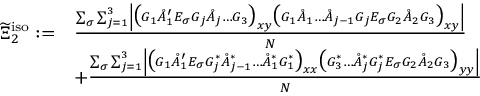
\begin{array} { r l } { \widetilde { \Xi } _ { 2 } ^ { \mathrm { i s o } } : = } & { \frac { \sum _ { \sigma } \sum _ { j = 1 } ^ { 3 } \left\vert \big ( G _ { 1 } \mathring { A } _ { 1 } ^ { \prime } E _ { \sigma } G _ { j } \mathring { A } _ { j } \ldots G _ { 3 } \big ) _ { \boldsymbol { x } \boldsymbol { y } } \big ( G _ { 1 } \mathring { A } _ { 1 } \ldots \mathring { A } _ { j - 1 } G _ { j } E _ { \sigma } G _ { 2 } \mathring { A } _ { 2 } G _ { 3 } \big ) _ { \boldsymbol { x } \boldsymbol { y } } \right\vert } { N } } \\ & { + \frac { \sum _ { \sigma } \sum _ { j = 1 } ^ { 3 } \left\vert \big ( G _ { 1 } \mathring { A } _ { 1 } ^ { \prime } E _ { \sigma } G _ { j } ^ { * } \mathring { A } _ { j - 1 } ^ { * } \ldots \mathring { A } _ { 1 } ^ { * } G _ { 1 } ^ { * } \big ) _ { \boldsymbol { x } \boldsymbol { x } } \big ( G _ { 3 } ^ { * } \ldots \mathring { A } _ { j } ^ { * } G _ { j } ^ { * } E _ { \sigma } G _ { 2 } \mathring { A } _ { 2 } G _ { 3 } \big ) _ { \boldsymbol { y } \boldsymbol { y } } \right\vert } { N } } \end{array}